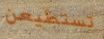
تستطيعن